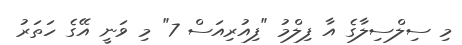
މި ސިލްސިލާގެ އާ ފިލްމު "ފިއުރިއަސް 7" މި ވަނީ އޭގެ ހަތަރު